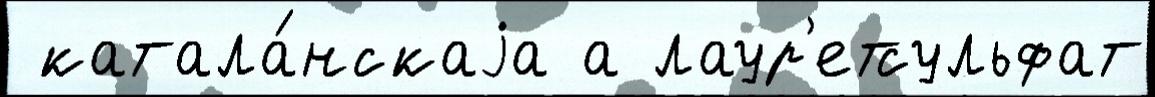
 катала́нскаjа а лаур'етсульфат